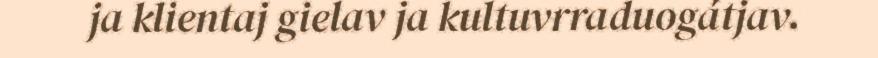
ja klientaj gielav ja kultuvrraduogátjav.